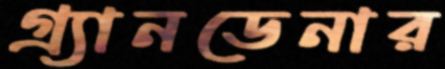
গ্র্যানডেনার